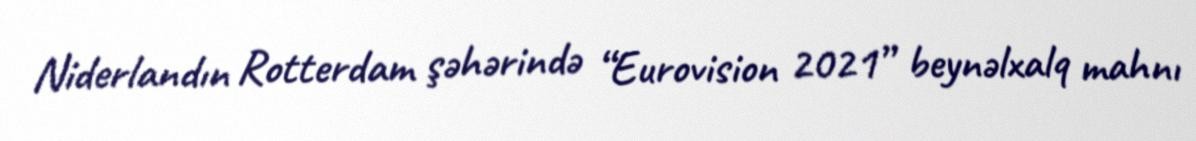
Niderlandın Rotterdam şəhərində “Eurovision 2021” beynəlxalq mahnı